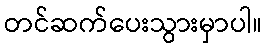
တင်ဆက်ပေးသွားမှာပါ။